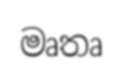
මෘතෘ